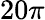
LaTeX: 20\pi